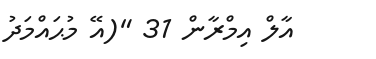
އާލް އިމްރާން 31 "(އޭ މުޙައްމަދު